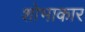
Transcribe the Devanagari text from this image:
शोभाकार